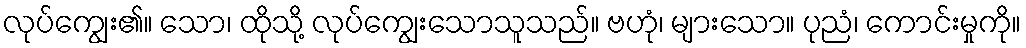
လုပ်ကျွေး၏။ သော၊ ထိုသို့ လုပ်ကျွေးသောသူသည်။ ဗဟုံ၊ များသော။ ပုညံ၊ ကောင်းမှုကို။